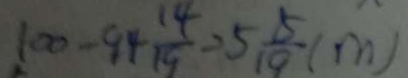
1 0 0 - 9 4 \frac { 1 4 } { 1 9 } = 5 \frac { 5 } { 1 9 } ( m )